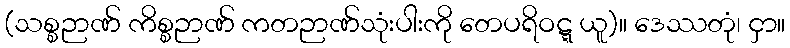
(သစ္စဉာဏ် ကိစ္စဉာဏ် ကတဉာဏ်သုံးပါးကို တေပရိဝဋ္ဋ ယူ)။ ဒေဿတုံ၊ ငှာ။